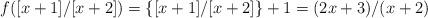
LaTeX: \begin{align*} f([x+1]/[x+2])=\{[x+1]/[x+2]\}+1=(2x+3)/(x+2) \end{align*}